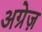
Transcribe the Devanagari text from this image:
अग्रेज़